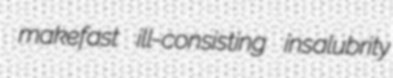
makefast ill-consisting insalubrity